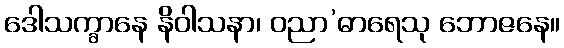
ဒေါသက္ခာနေ နိဝါသနာ၊ ဝညာ’ဓာရေသု ဘောဇနေ။